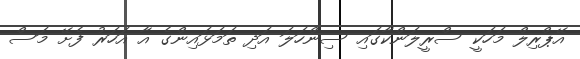
އޭޕްރިލް މަހަކީ ސްރީލަންކާގައި ސިންހަލަ އަދި ތަމަޅައިންގެ އާ އަހަރު ފެށޭ މަސް